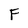
Character: F